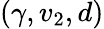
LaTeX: (\gamma,v_{2},d)